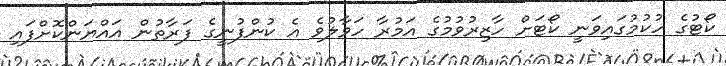
ކޯޓުގެ ހުކުމުގައިވަނީ ކޯޓަށް ހާޒިރުވުމުގެ އަމުރާ ހަވާލުވެ އެ ކުންފުނީގެ ފަރާތުން އައްޔަންކޮށްފައި